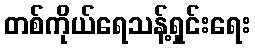
တစ်ကိုယ်ရေသန့်ရှင်းရေး